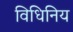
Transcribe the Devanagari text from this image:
विधिनिय